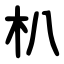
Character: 朳